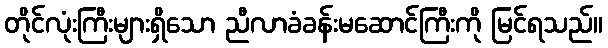
တိုင်လုံးကြီးများရှိသော ညီလာခံခန်းမဆောင်ကြီးကို မြင်ရသည်။